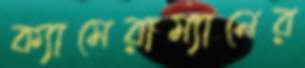
ক্যামেরাম্যানের